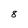
Character: 8